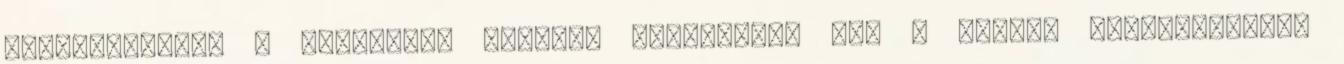
követelmények – Előírások Először vizsgáljuk meg a magyar szabványokban